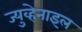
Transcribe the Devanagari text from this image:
ज्युव्हेनाइल